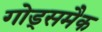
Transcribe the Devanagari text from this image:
गोड्समैक